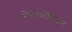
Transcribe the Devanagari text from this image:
मेटोपॉलिटन